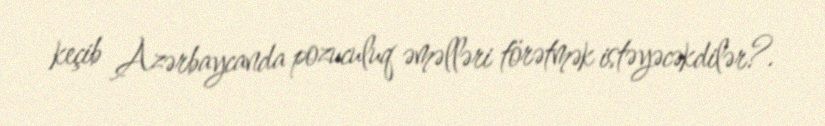
keçib Azərbaycanda pozuculuq əməlləri törətmək istəyəcəkdilər?.